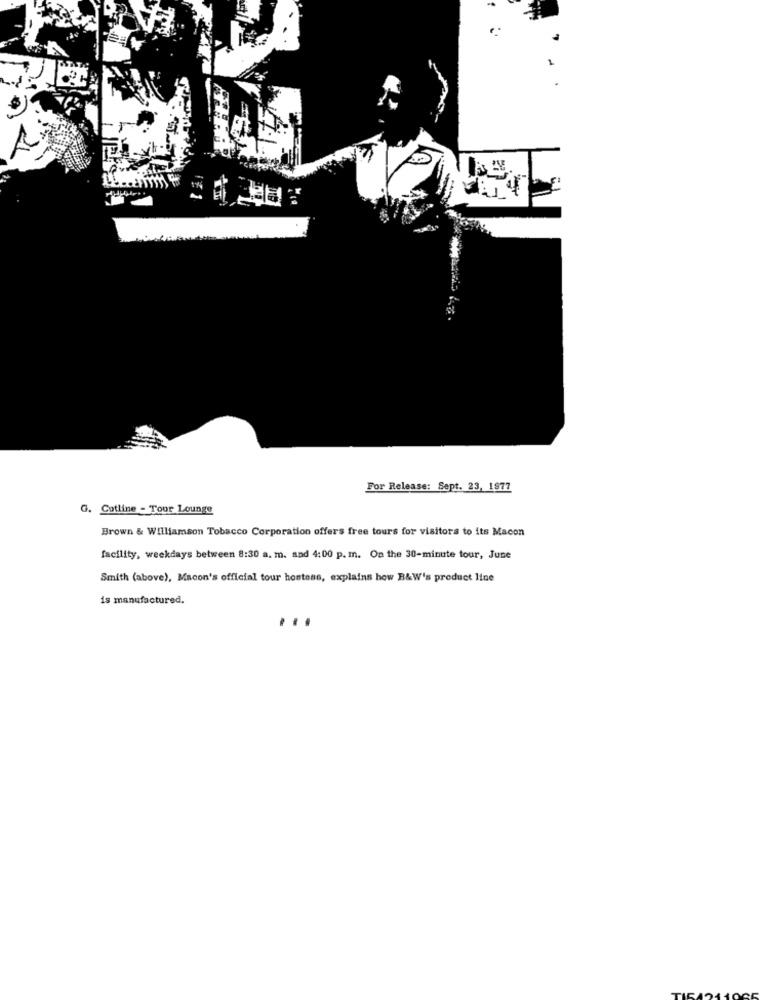
For Release: Sept. 23, 1877
G. Cotline - Tour Lounge
Brown & Williamson Tobacco Corporation offers free tours for visitors to its Macon
facility, weekdays between 8:30 a. m. and 4:00 p. m. On the 30-minute tour, June
Smith (above), Macon's official tour hostess, explains how B&W's product line
is manufactured.
...